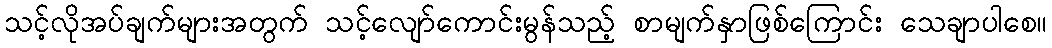
သင့်လိုအပ်ချက်များအတွက် သင့်လျော်ကောင်းမွန်သည့် စာမျက်နှာဖြစ်ကြောင်း သေချာပါစေ။